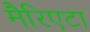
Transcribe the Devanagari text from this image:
मैरिएटा